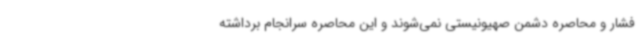
فشار و محاصره دشمن صهیونیستی نمی‌شوند و این محاصره سرانجام برداشته